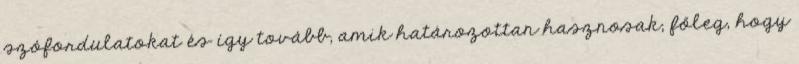
szófordulatokat és így tovább, amik határozottan hasznosak, főleg, hogy